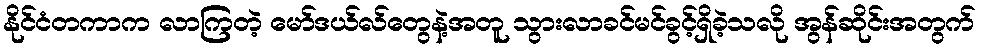
နိုင်ငံတကာက လာကြတဲ့ မော်ဒယ်လ်တွေနဲ့အတူ သွားလာခင်မင်ခွင့်ရှိခဲ့သလို အွန်ဆိုင်းအတွက်